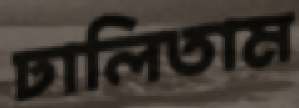
ঢালিতাম